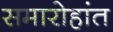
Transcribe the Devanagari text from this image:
समारोहांत